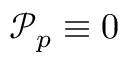
{ \mathcal P _ { p } } \equiv 0